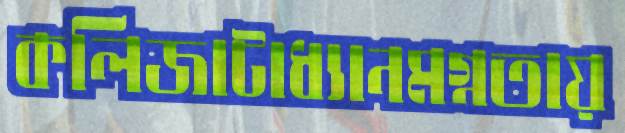
কলিজাটাধ্যানমগ্নতায়